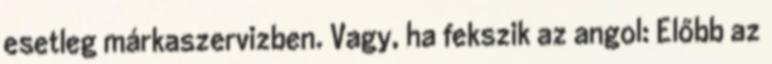
esetleg márkaszervizben. Vagy, ha fekszik az angol: Előbb az